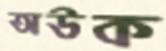
অউক